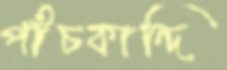
পাঁচকান্দি